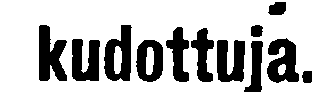
kudottuja.